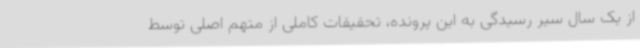
از یک سال سیر رسیدگی به این پرونده، تحقیقات کاملی از متهم اصلی توسط